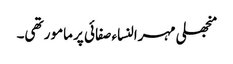
منجھلی مہرالنساء صفائی پر مامور تھی۔